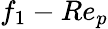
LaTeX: f_{1}-Re_{p}